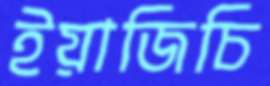
ইয়াজিচি